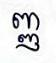
ញ្ញ